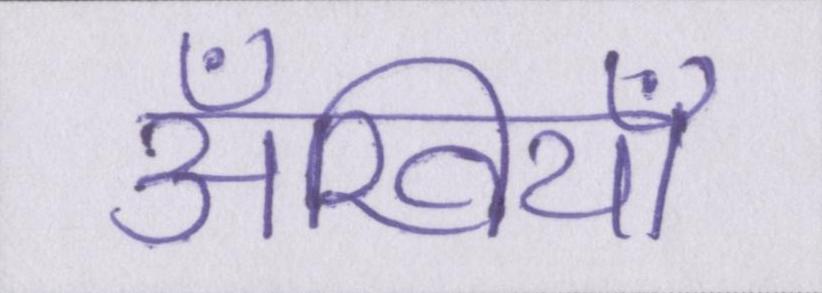
अँखियाँ